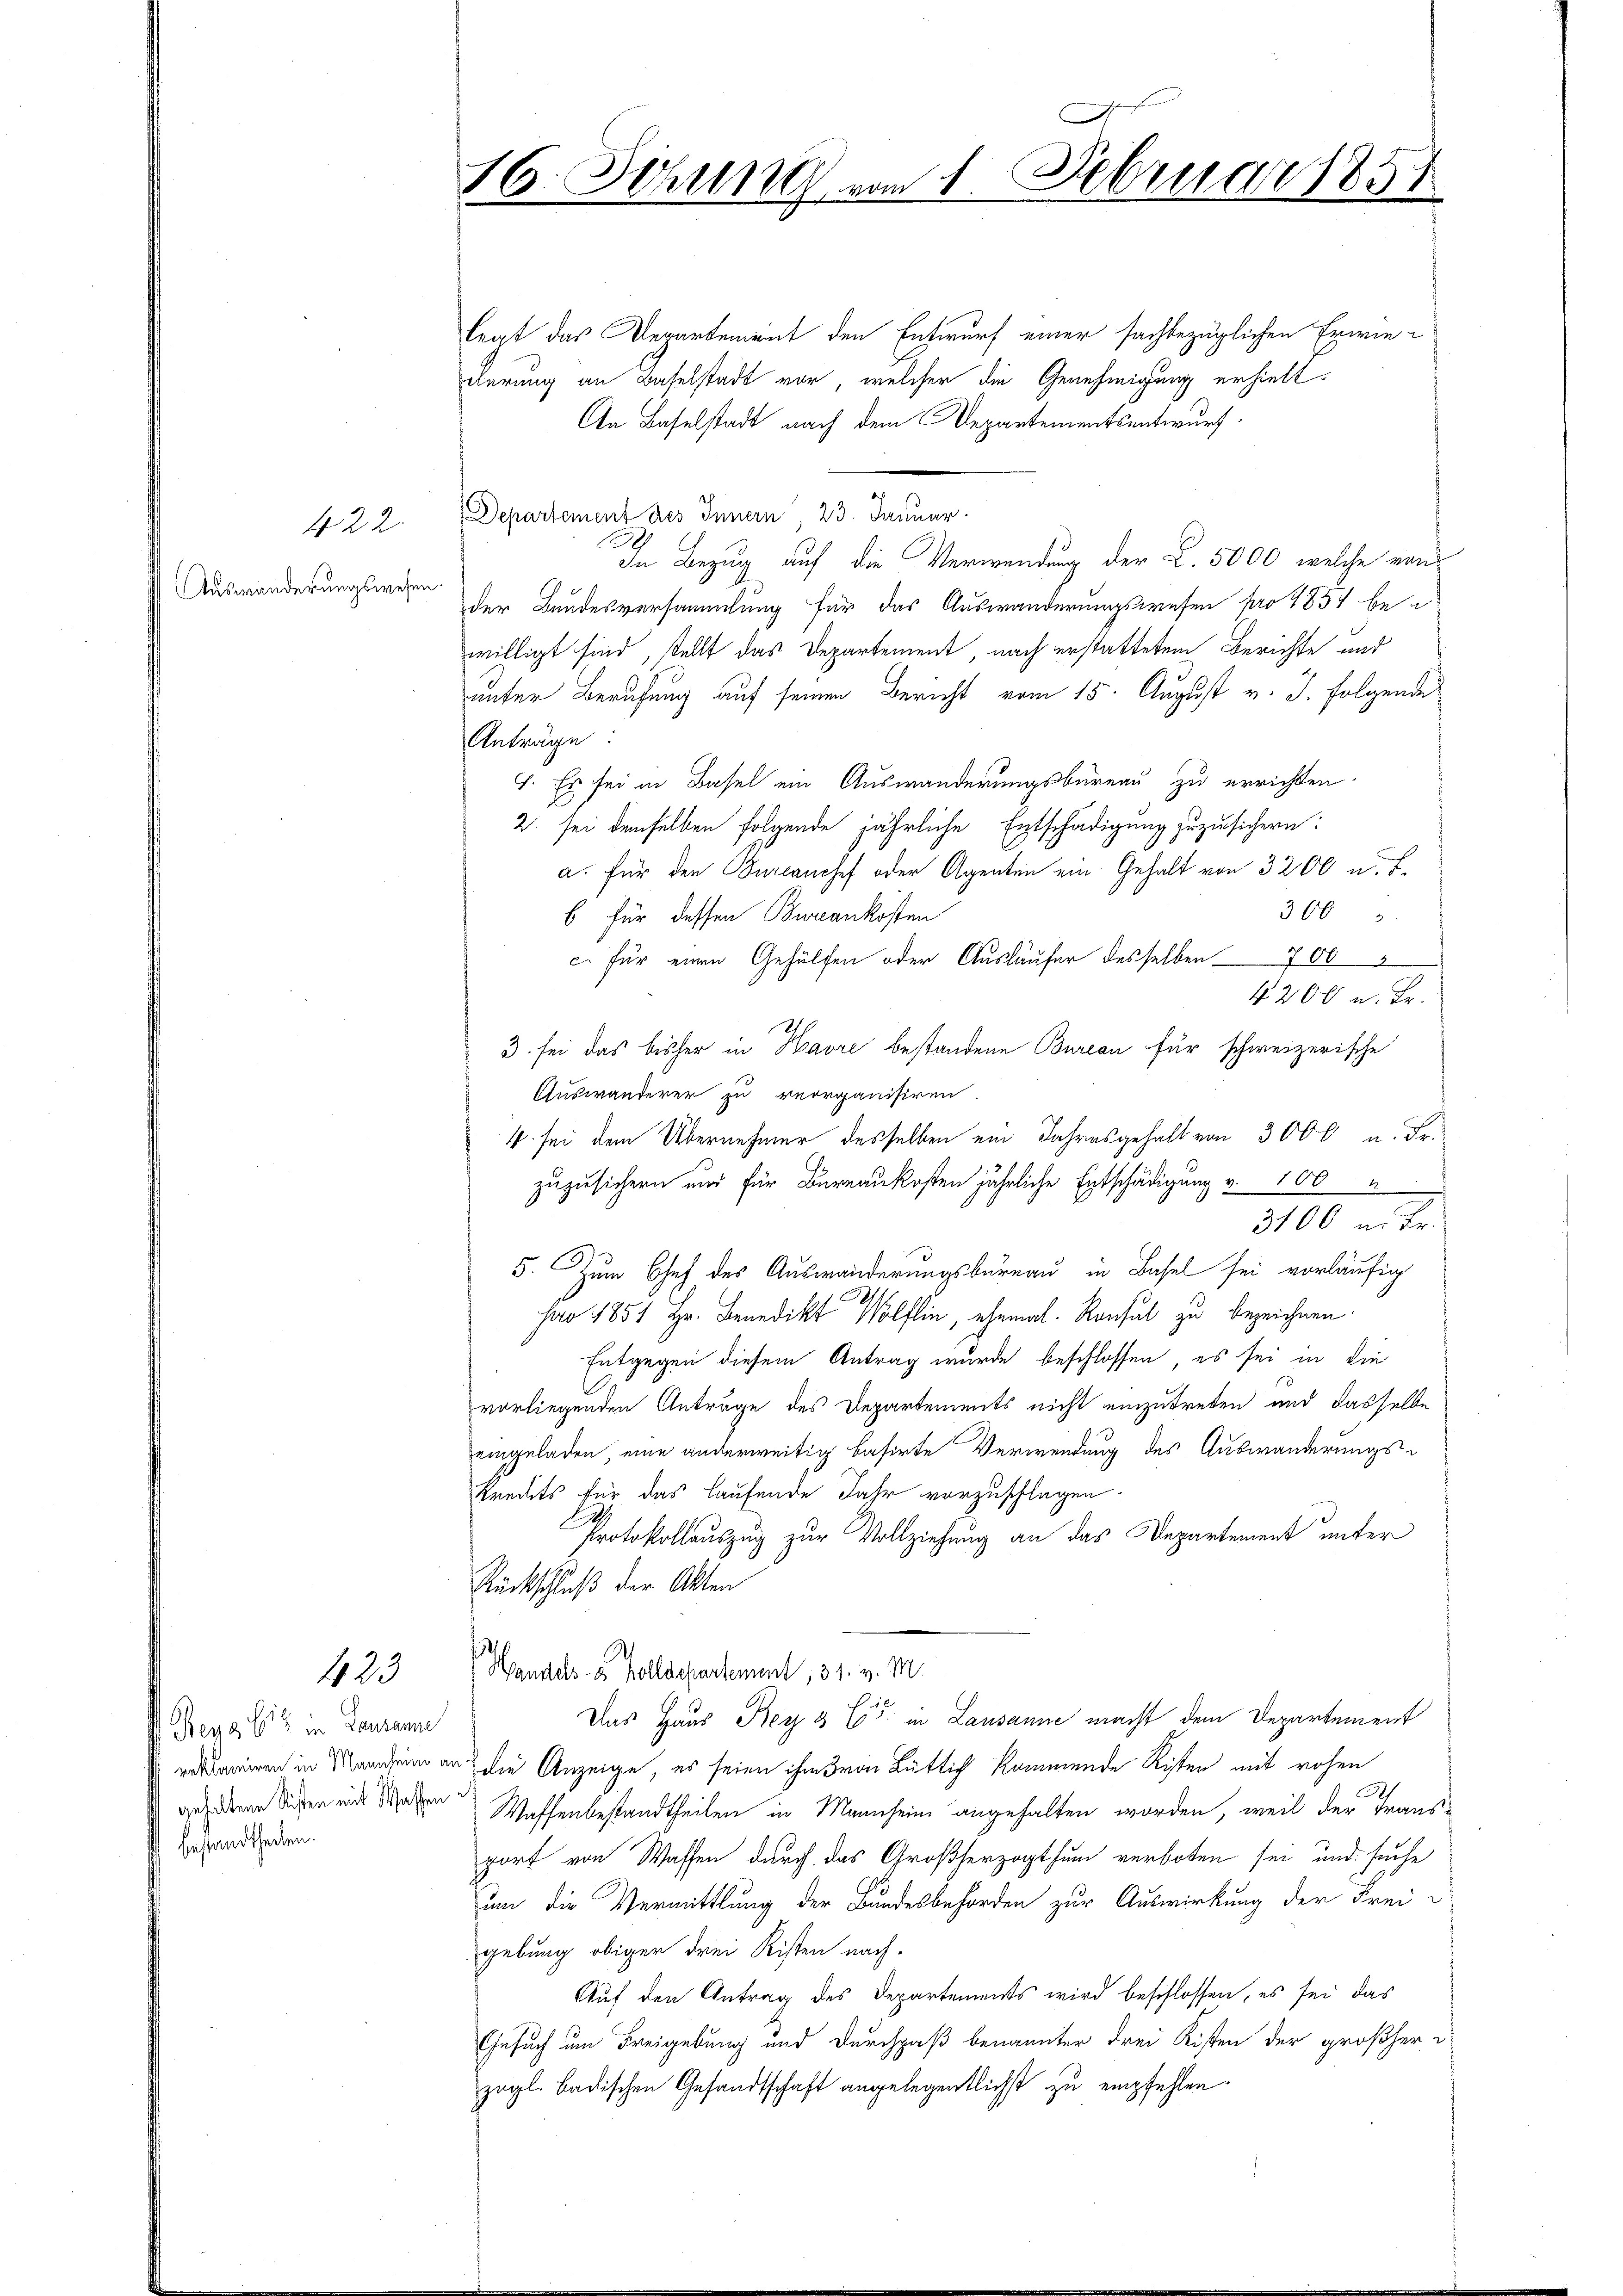
Auswanderungswesen.

422.

423

Teyg 612 in Lausanne
gestandtheilen.

.
16. Sitzung von 1. Februar 1851

legt das Departement den Entwurf einer sachbezüglichen Erwiederung an Baselstadt vor, welcher die Genehmigung erhielt.
An Baselstadt nach dem Departementsentwurf.
Departement des Innern, 23. Januar.
In Bezug auf die Verwendung der L. 5000, welche von
der Bundesversammlung für das Auswanderungswesen pro 1857 bewilligt sind, stellt das Departement nach erstattetem Berichte und
unter Berufung auf seinen Bericht vom 15. August v. J. folgende
Anträge:
I. Es sei in Basel ein Auswanderungsbureau zu errichten.
2. sei demselben folgende jährliche Entschädigung zuzusichern:
a. für den Burlanchef oder Agenten ein Gehalt von 3200 u. F.
300
b für dessen Bureankosten
c. für einen Gehülfen oder Ausläufer desselben 700
4200 u. Fr.
3. sei das bisher in Havre bestandene Bureau für schweizerische
Auswanderer zu reorganisiren.
4. sei dem Übernehmer desselben ein Jahresgehalt von 300 l. u. Fr.
zuzusichern und für Bureaukosten jährliche Entschädigung v. 100
5. Zum Chef des Auswanderungsbureau in Basel sei vorläufig
pro 1851 Hr. Benedikt Wollin, ehemal. Konsul zu bezeichnen.
Entgegen diesem Antrag wurde beschlossen, es sei in die
vorliegenden Anträge des Departements nicht einzutreten und dasselbe
eingeladen, eine anderweitig basirte Verwendung des Auswanderungs¬
Kredits für das laufende Jahr vorzuschlagen.
Protokollauszug zur Vollziehung an das Departement unter
Rückschluß der Akten
¬
 Handels- u Vollschartement, 31. v. M.
Das Haus Rey 3 (55 in Lausanne macht dem Departement
erkleinen in Marchen an die Anzeige, es seien ihm von Büttig kommende Rister mit rohen
.
gefoderne Sichen mit Wesen Waffenbestandtheilen in Mannheim angehalten worden, weil der Trans-
port von Wassen durch das Großherzogthum verboten sei und suche
um die Vermittlung der Bundesbehörden zur Auswirkung der Frei-
gebung obiger drei Risten nach.
Auf den Antrag des Departements wird beschlossen, es sei das
Gesuch um Freigebung und Durchpaß benannter drei Kisten der großherzügl. badischen Gesandtschaft angelegentlichst zu empfehlen.

3100 in Fr.